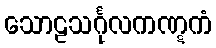
သောဠသင်္ဂုလကဏ္ဋကံ